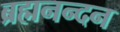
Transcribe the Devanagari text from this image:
ब्रह्मनन्दन